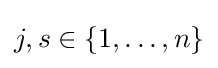
j,s\in \{1,\ldots ,n\}